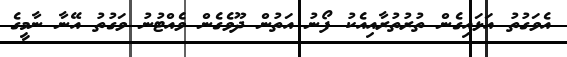
އެވަގުތު އަޅައިގެން ތުރުތުރާއިއެކު ފޯނު އަތުން ދޫވެގެން ވެއްޓުނު ވަގުތު އޭނާ ނާމީގެ